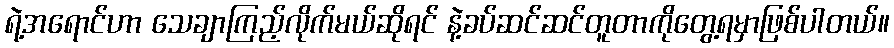
ရဲ့အရောင်ဟာ သေချာကြည့်လိုက်မယ်ဆိုရင် နဲ့ခပ်ဆင်ဆင်တူတာကိုတွေ့ရမှာဖြစ်ပါတယ်။